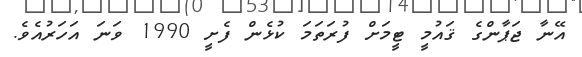
އޭނާ ޖަޕާންގެ ޤައުމީ ޓީމަށް ފުރަތަމަ ކުޅެން ފެށީ 1990 ވަނަ އަހަރުއެވެ.